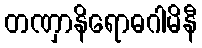
တဏှာနိရောဓဂါမိနီ